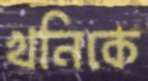
খনিকে